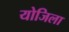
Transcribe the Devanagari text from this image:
योजिला